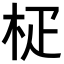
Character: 𣐌